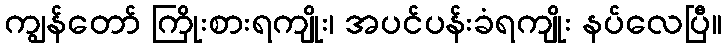
ကျွန်တော် ကြိုးစားရကျိုး၊ အပင်ပန်းခံရကျိုး နပ်လေပြီ။